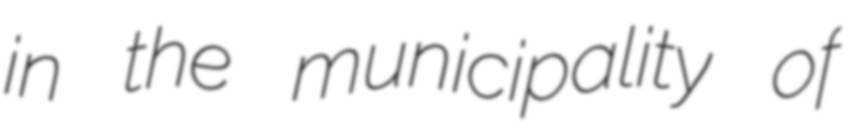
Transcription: in the municipality of